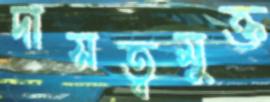
দাসত্বমুক্ত